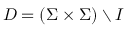
D = ( \Sigma \times \Sigma ) \setminus I